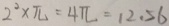
2 ^ { 2 } \times \pi = 4 \pi = 1 2 . 5 6